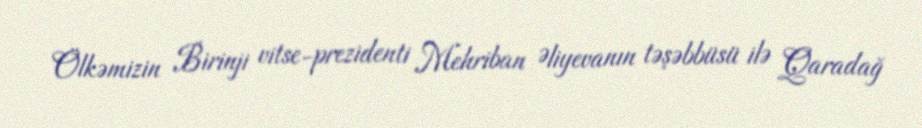
Ölkəmizin Birinji vitse-prezidenti Mehriban Əliyevanın təşəbbüsü ilə Qaradağ